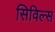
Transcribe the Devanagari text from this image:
सिविल्स